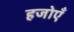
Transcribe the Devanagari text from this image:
हजोएँ